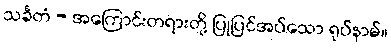
သင်္ခတံ - အကြောင်းတရားတို့ ပြုပြင်အပ်သော ရုပ်နာမ်။